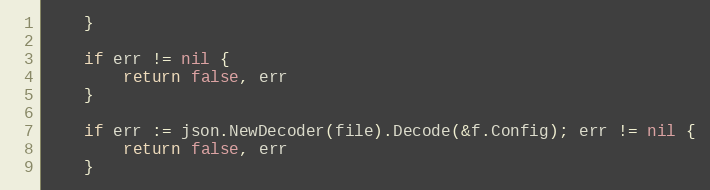
Language: Go
	}

	if err != nil {
		return false, err
	}

	if err := json.NewDecoder(file).Decode(&f.Config); err != nil {
		return false, err
	}